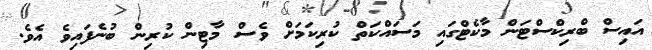
އައިސް ބްރިކްސްޓަން މާކެޓްގައި މަސައްކަތް ކުރިކަމަށް ވެސް މާޓިން ކުރިން ބުނެފައިވެ އެވެ.